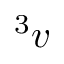
^ 3 v